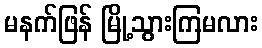
မနက်ဖြန် မြို့သွားကြမလား